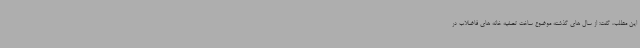
این مطلب، گفت: از سال های گذشته موضوع ساخت تصفیه خانه های فاضلاب در